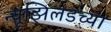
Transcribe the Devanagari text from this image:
न्यूझिलंडच्या